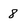
Character: 8